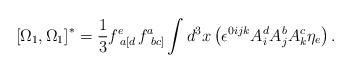
LaTeX: \begin{align*}\left[ \Omega _{1},\Omega _{1}\right] ^{*}=\frac{1}{3}f_{\;a\left[ d\right.}^{e}f_{\;\left. bc\right] }^{a}\int d^{3}x\left( \epsilon^{0ijk}A_{i}^{d}A_{j}^{b}A_{k}^{c}\eta _{e}\right) . \end{align*}